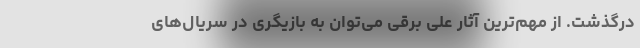
درگذشت. از مهم‌ترین آثار علی برقی می‌توان به بازیگری در سریال‌های